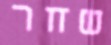
שחר